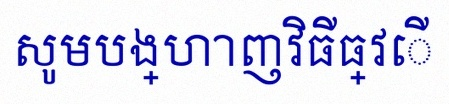
សូមបង្ហាញវិធីធ្វើ